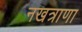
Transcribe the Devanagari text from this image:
नखत्राणा